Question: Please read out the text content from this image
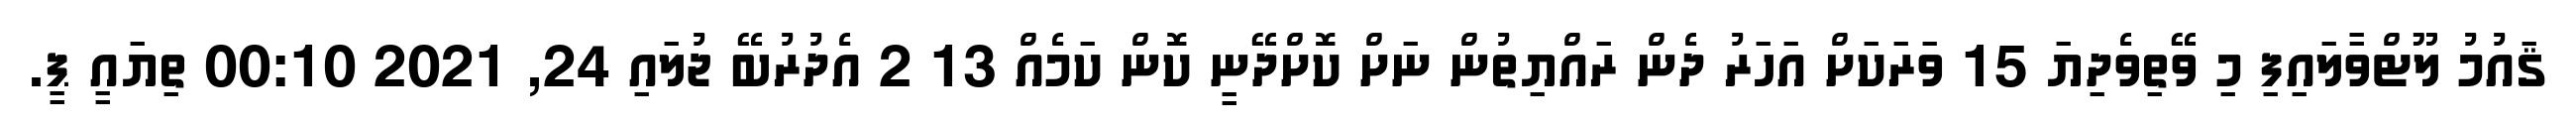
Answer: ޤައުމު ލޫޓްވާލައިފި މި ވޭތިވެދިޔަ 15 ވަރަކަށް އަހަރު ދެން ރައްޔިތުން ނަށް ކޮށްދޭނީ ކޮން ކަމެއް 13 2 އެދުރުބޭ ޖުލައި 24, 2021 00:10 ތިޔައީ ޕީ.